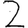
Digit: 2